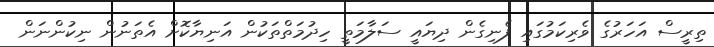
ތިރީސް އަހަރުގެ ވެރިކަމުގައި ފެނިގެން ދިޔައީ ސަލާމަތީ ހިދުމަތްތަކުން އަނިޔާކޮށް އެތަނުން ނިކުންނަން